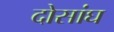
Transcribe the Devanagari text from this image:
दोसांघ